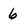
Character: 6